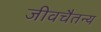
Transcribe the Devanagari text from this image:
जीवचैतन्य